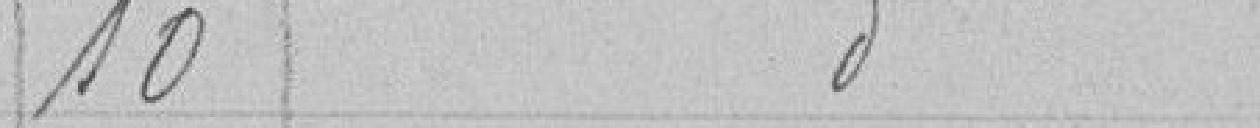
10 - idem